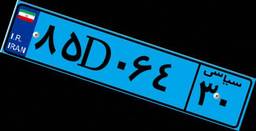
۸۵D۰۶۴۳۰